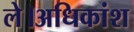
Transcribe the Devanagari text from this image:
ले।अधिकांश